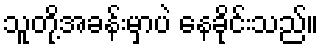
သူတို့အခန်းမှာပဲ နေခိုင်းသည်။